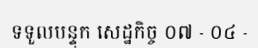
ទទួលបន្ទុក សេដ្ឋកិច្ច ០៧ - ០៤ -